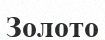
Золото